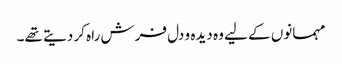
مہمانوں کے لیے وہ دیدہ و دل فرش راہ کر دیتے تھے۔